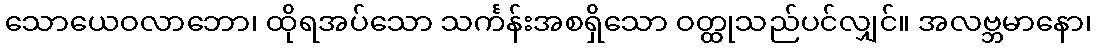
သောယေဝလာဘော၊ ထိုရအပ်သော သင်္ကန်းအစရှိသော ဝတ္ထုသည်ပင်လျှင်။ အလဗ္ဘမာနော၊